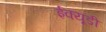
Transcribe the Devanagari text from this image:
ईक्यूडी